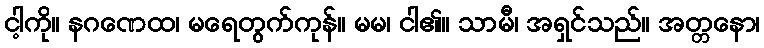
ငါ့ကို။ နဂဏေထ၊ မရေတွက်ကုန်။ မမ၊ ငါ၏။ သာမီ၊ အရှင်သည်။ အတ္တနော၊